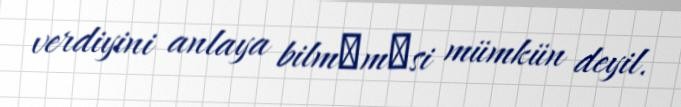
verdiyini anlaya bilmәmәsi mümkün deyil.